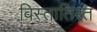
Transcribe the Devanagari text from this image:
विस्तातिरत